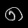
Digit: ၈